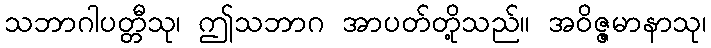
သဘာဂါပတ္တီသု၊ ဤသဘာဂ အာပတ်တို့သည်။ အဝိဇ္ဇမာနာသု၊